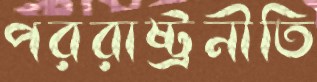
পররাষ্ট্রনীতি